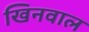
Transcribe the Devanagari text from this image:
खिनवाल